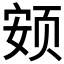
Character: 𱂨